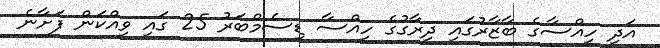
އަދި ހިއްސާގެ ބާޒާރުގައި ދިރާގުގެ ހިއްސާ ޑިސެމްބަރު 25 ގައި ވިއްކަން ފަށާނެ